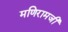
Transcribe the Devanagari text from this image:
मणिरामजी